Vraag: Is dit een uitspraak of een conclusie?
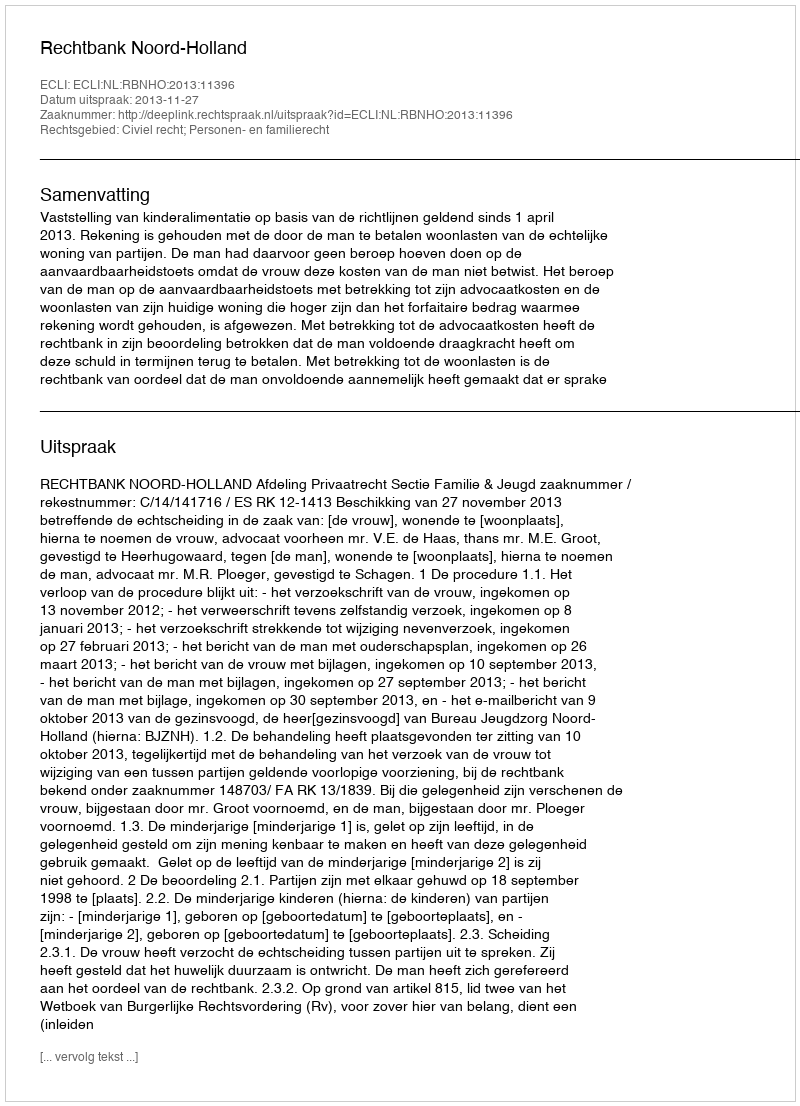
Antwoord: Uitspraak